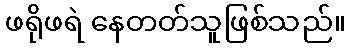
ဖရိုဖရဲ နေတတ်သူဖြစ်သည်။